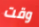
وقت